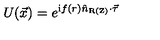
U ( \vec { x } ) = e ^ { \mathrm { i } f ( r ) \hat { n } _ { \mathrm { R ( Z ) } } \cdot \vec { \tau } }